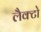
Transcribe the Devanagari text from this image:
लैक्टो